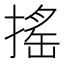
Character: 搖